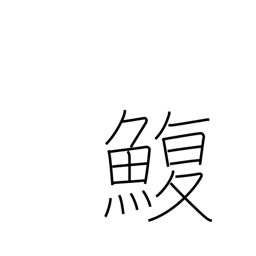
Meaning: puffer fish